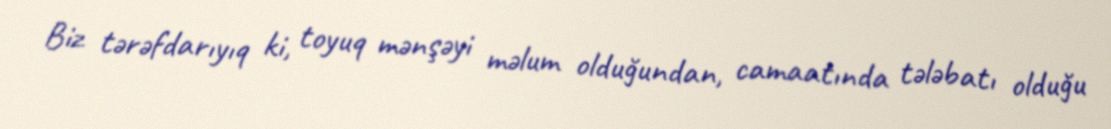
Biz tərəfdarıyıq ki, toyuq mənşəyi məlum olduğundan, camaatında tələbatı olduğu